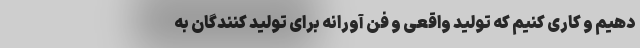
دهیم و کاری کنیم که تولید واقعی و فن آورانه برای تولید کنندگان به